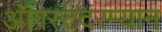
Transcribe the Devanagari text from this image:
ऑगस्टदरम्यान